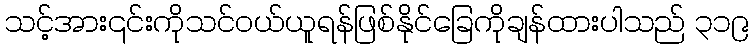
သင့်အား၎င်းကိုသင်ဝယ်ယူရန်ဖြစ်နိုင်ခြေကိုချန်ထားပါသည် ၃၁၉